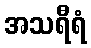
အသရီရံ